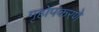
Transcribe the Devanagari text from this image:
गृहोपकरणे